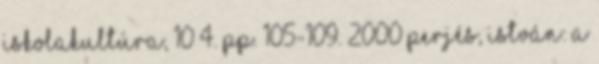
Iskolakultúra, 10 4. pp. 105-109. 2000 Perjés, István: A